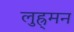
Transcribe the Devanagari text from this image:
लुह्र्मन